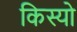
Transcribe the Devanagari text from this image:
किस्यो